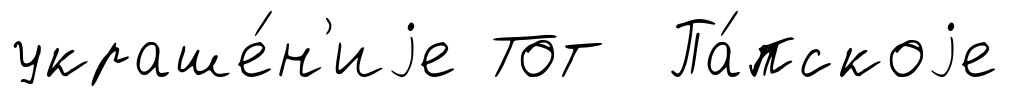
украше́н'иjе Тот Па́пскоjе